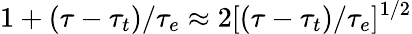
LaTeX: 1+(\tau-\tau_{t})/\tau_{e}\approx 2[(\tau-\tau_{t})/\tau_{e}]^{1/2}